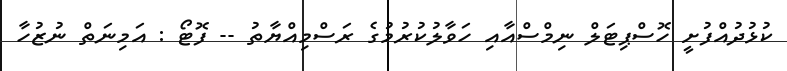
ކުޅުދުއްފުށީ ހޮސްޕިޓަލް ނިމްސްއާއި ހަވާލުކުރުމުގެ ރަސްމިއްޔާތު -- ފޮޓޯ : އަމިނަތް ނުޒުހާ